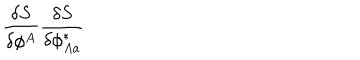
\frac { \delta S } { \delta \phi ^ { A } } \frac { \delta S } { \delta \phi _ { A a } ^ { \ast } }